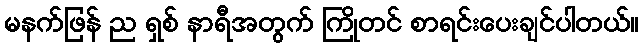
မနက်ဖြန် ည ရှစ် နာရီအတွက် ကြိုတင် စာရင်းပေးချင်ပါတယ်။